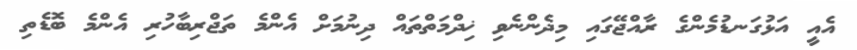
އެއީ އަޅުގަނޑުމެންގެ ރާއްޖޭގައި މިދެންނެވި ޚިދްމަތްތައް ދިނުމަށް އެންމެ ތަޖްރިބާހުރި އެންމެ ބޮޑެތި